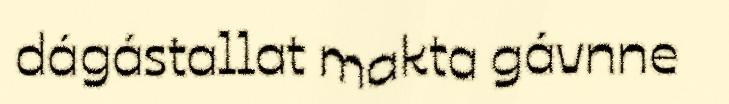
dágástallat makta gávnne